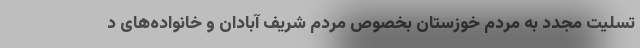
تسلیت مجدد به مردم خوزستان بخصوص مردم شریف آبادان و خانواده‌های د